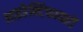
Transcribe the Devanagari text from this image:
आइडेन्टिफायरों